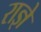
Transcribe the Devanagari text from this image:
राज्ञे